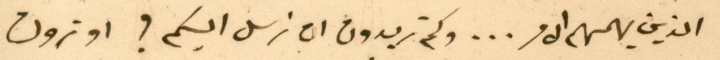
الذين يهمهم الامر... وكم تريدون ان نرسل اليكم ؟ او ترون